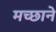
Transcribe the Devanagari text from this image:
मच्छाने